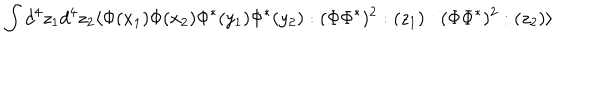
LaTeX: \int d ^ { 4 } z _ { 1 } d ^ { 4 } z _ { 2 } \langle \Phi ( x _ { 1 } ) \Phi ( x _ { 2 } ) \Phi ^ { * } ( y _ { 1 } ) \Phi ^ { * } ( y _ { 2 } ) : ( \Phi \Phi ^ { * } ) ^ { 2 } : ( z _ { 1 } ) : ( \Phi \Phi ^ { * } ) ^ { 2 } : ( z _ { 2 } ) \rangle